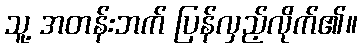
သူ့ အတန်းဘက် ပြန်လှည့်လိုက်၏။